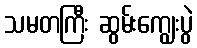
သမတကြီး ဆွမ်းကျွေးပွဲ